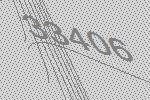
33406